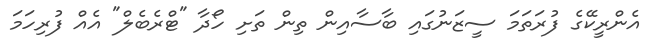
އެންރީކޭގެ ފުރަތަމަ ސީޒަނުގައި ބާސާއިން ތިން ތަށި ހޯދާ "ޓްރެބެލް" އެއް ފުރިހަމަ